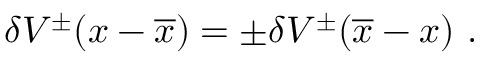
\delta { \cal V } ^ { \pm } ( x - \overline { { x } } ) = \pm \delta { \cal V } ^ { \pm } ( \overline { { x } } - x ) \ .